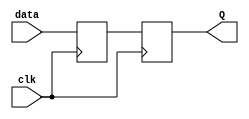
module SeqLogicBlock (
    input data,
    input clk,
    output reg Q
);

reg latch_out;

// Transparent latch
always @ (posedge clk)
begin
    if (clk)
    begin
        latch_out <= data;
    end
end

// D flip-flop
always @ (posedge clk)
begin
    if (clk)
    begin
        Q <= latch_out;
    end
end

endmodule